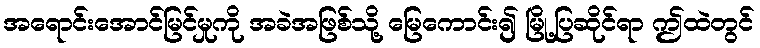
အရောင်းအောင်မြင်မှုကို အခဲအဖြစ်သို့ မြေကောင်း၍ မြို့ပြဆိုင်ရာ ဤထဲတွင်